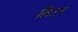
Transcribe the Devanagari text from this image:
लिउन